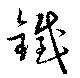
鐵